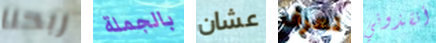
ربحنا بالجملة عشان تعرف أنقذوني